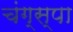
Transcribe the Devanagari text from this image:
चंग्स्पा